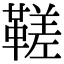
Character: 𩌢